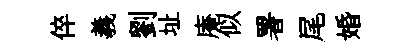
倅義劉址庵似署尾婚